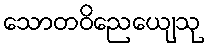
သောတဝိညေယျေသု